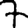
Digit: 7